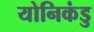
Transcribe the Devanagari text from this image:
योनिकंडु